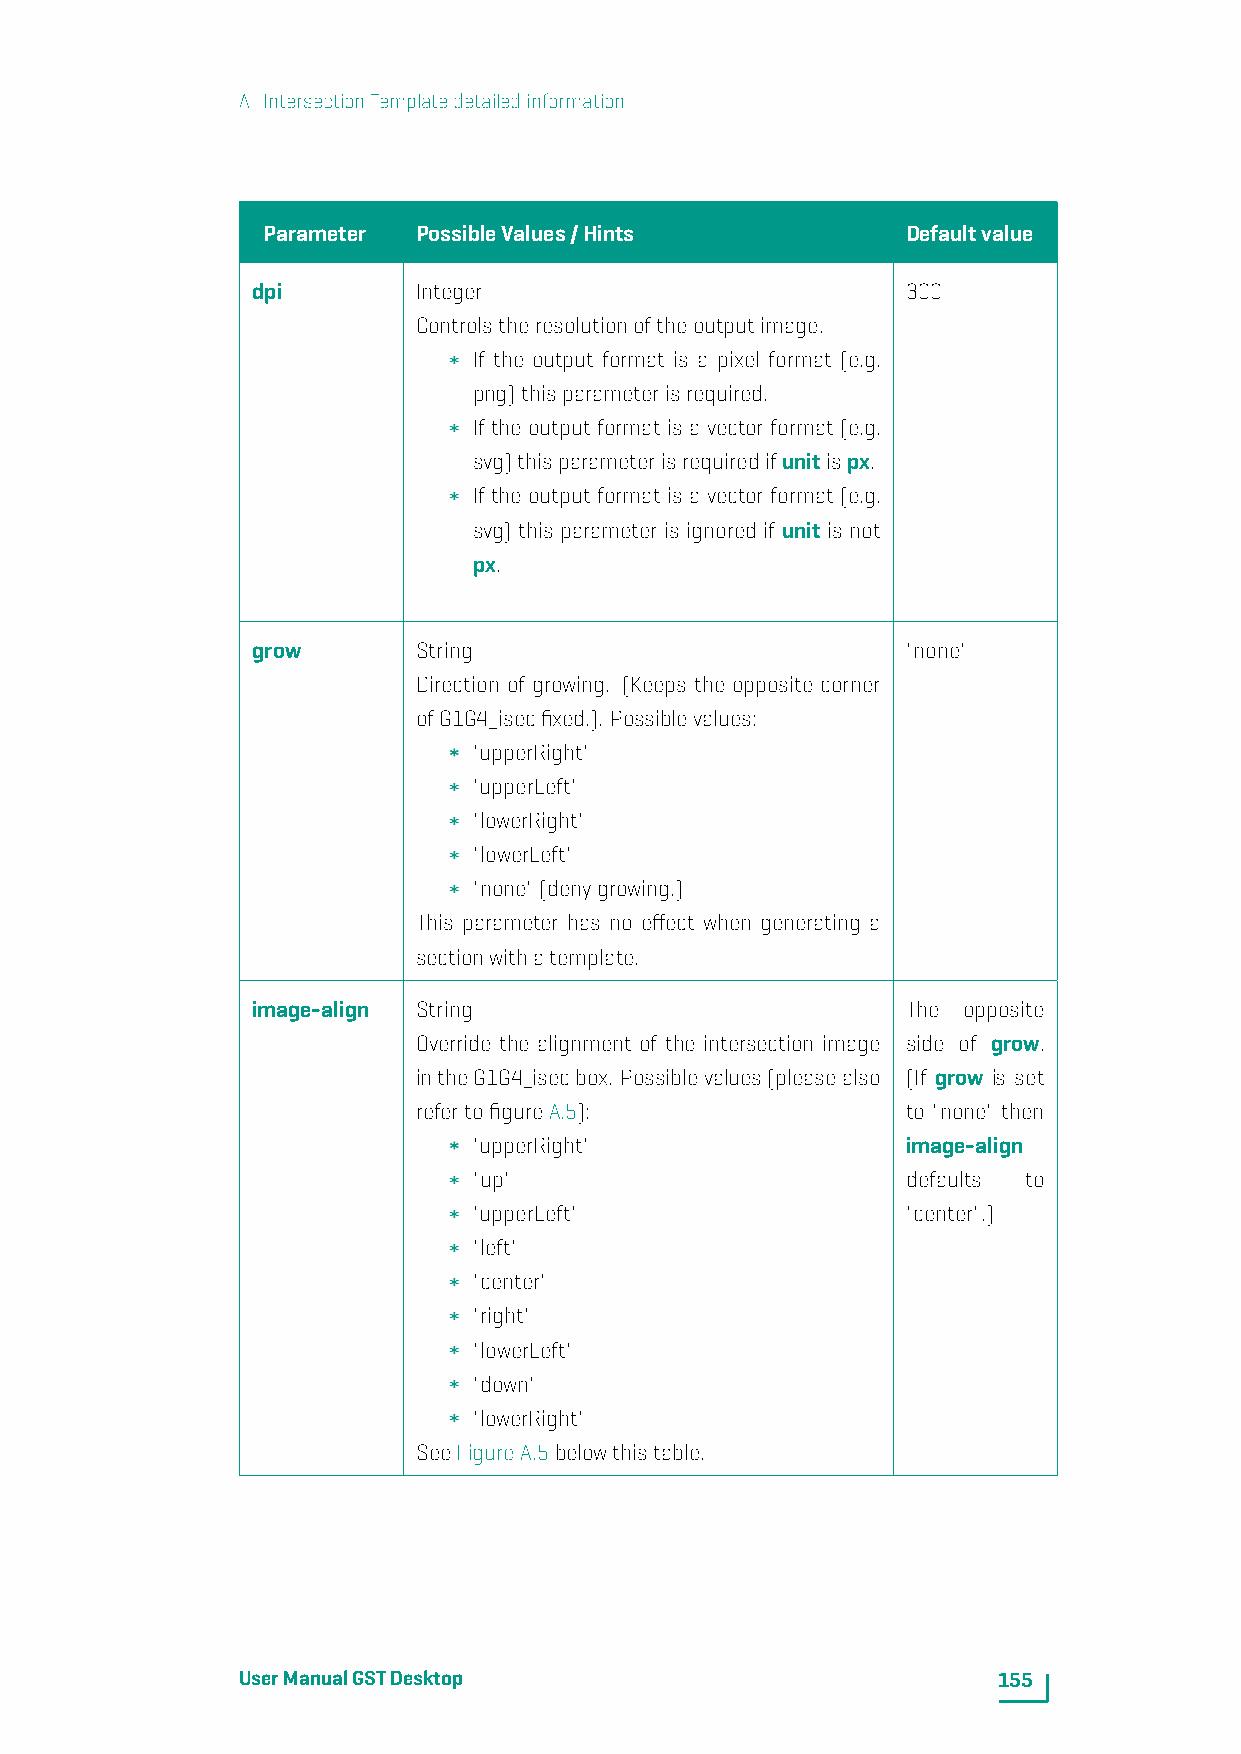
A. IntersectionTemplatedetailedinformation
 Parameter  PossibleValues/Hints            Defaultvalue
 dpi        Integer                         300
 Controlstheresolutionoftheoutputimage.
 If the output format is a pixel format (e.g.
 png)thisparameterisrequired.
 If the output format is a vector format (e.g.
 svg)thisparameterisrequiredifunitispx.
 If the output format is a vector format (e.g.
 svg) this parameter is ignored if unit is not
 px.
 grow       String                          "none"
 Direction of growing. (Keeps the opposite corner
 ofG1G4_isecfixed.). Possiblevalues:
 "upperRight"
 "upperLeft"
 "lowerRight"
 "lowerLeft"
 "none"(denygrowing.)
 This parameter has no effect when generating a
 sectionwithatemplate.
 image-align String                         The opposite
 Override the alignment of the intersection image side of grow.
 intheG1G4_isecbox. Possiblevalues(pleasealso (If grow is set
 refertofigureA.5):              to "none" then
 "upperRight"                 image-align
 "up"                         defaults to
 "upperLeft"                  "center".)
 "left"
 "center"
 "right"
 "lowerLeft"
 "down"
 "lowerRight"
 SeeFigureA.5belowthistable.
 UserManualGSTDesktop                              155